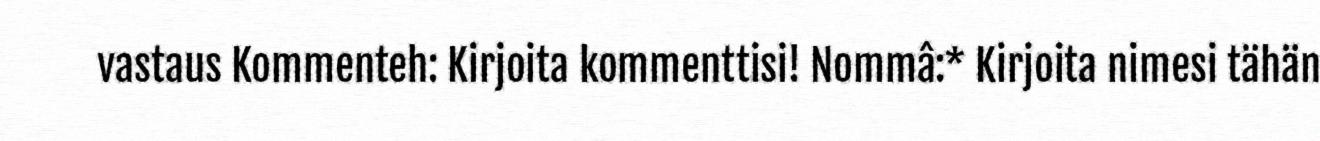
vastaus Kommenteh: Kirjoita kommenttisi! Nommâ:* Kirjoita nimesi tähän